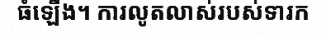
ធំឡើង។ ការលូតលាស់របស់ទារក